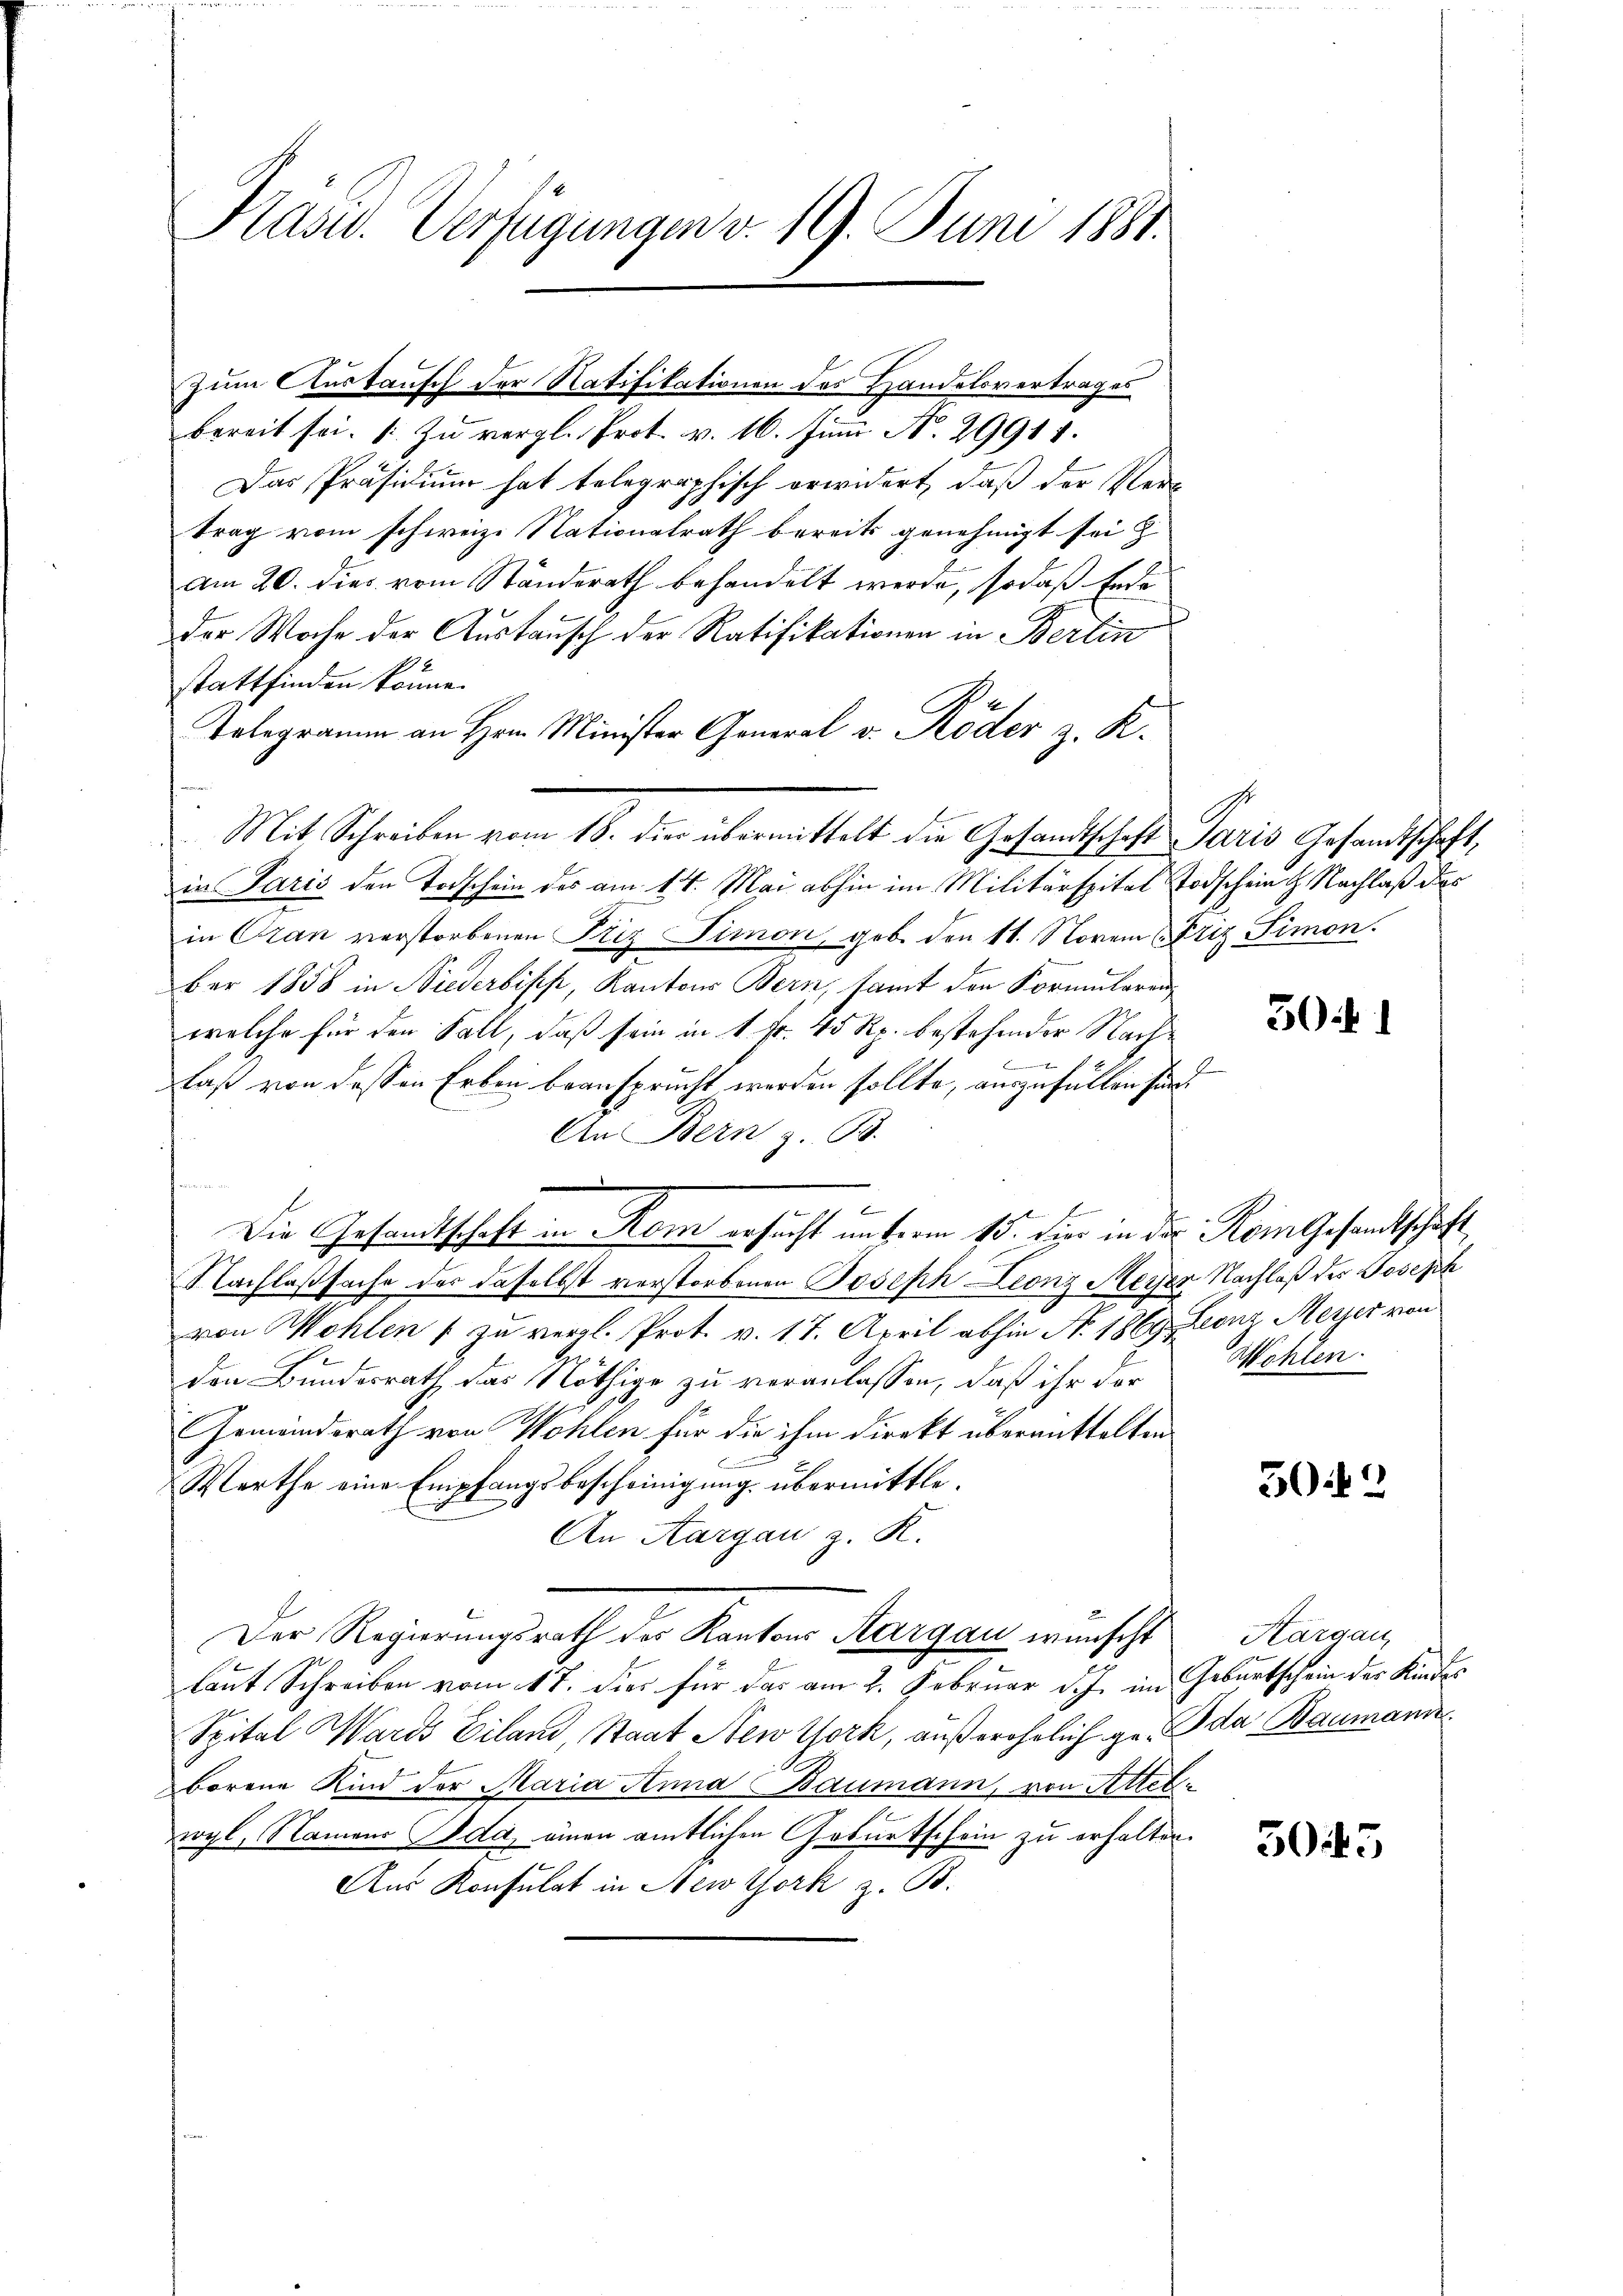
Prasw. Verfügungen v. 19. Juni 1881.

bereit sei. 1. Zu vergl. Prot. v. 16. Jun. N. 29911.
Das Präsidium hat telegraphisch erwidert, daß der Ver-
trag vom schweize Nationalrath bereits genehmigt sei &
am 20. dies vom Ständerath behandelt werde, sodaß Ende
der Woche der Austausch der Ratifikationen in Berlin
stattfinden könne.
Telegramm an Hrn. Minister General v. Röder z. K.
in Paris den Todschein des am 14. Mai abhin im Militärspital Todschein G. Nachlaß des
in Oran verstorbenen Friz Simon, geb. den 11. Novem (Friz Simon.
ber 1858 in Niederbisch, Kantons Bern, samt den Formularen
welche für den Fall, daß sein in 1 Fr. 45 Rp. bestehender Nach¬
 1
laß von dessen Erben beansprucht werden sollte, auszufüllen sind
An Bern z. B.
Die Gesandtschaft in Rom ersucht unterm 15. dies in der Rom Gesandtschaft
Nachlaßsache der daselbst verstorbenen Joseph Leonz Meyer Nachlaß des Joseph
von Wohlen / zu vergl. Prot. v. 17. April abhin No. 1869, Leonz Meyer von
den Bundesrath, das Nöthige zu veranlassen, daß ihr der
Gemeindsrath von Wohlen für die ihm direkt übermittelten
E
Werthe eine Empfangsbescheinigung übermittle.
An Aargau z. R.
Der Regierungsrath des Kantons Aargau wünscht
laut Schreiben vom 17. dies für das am 2. Februar d. J. im Geburtschein der Kindes
Spital Wards Eiland, Staat New York, außerehelich ge- da Baumann
borene Kind der Maria Anna Baumann, von Attelwyl, Namens Ida, einen amtlichen Geburtschein zu erhalten.
Aus Konsulat in New York z. B.

zum Austausch der Natifikationen des Handelsvertrages

Mit Schreiben vom 18. der übermittelt die Gesandtschaft Paris Gesandtschaft,

3i

Wohlen.

502

Kargau,

3045